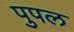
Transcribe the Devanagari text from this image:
पुपल